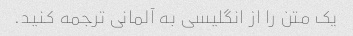
یک متن را از انگلیسی به آلمانی ترجمه کنید.